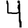
Digit: 4